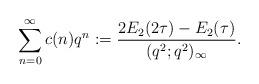
LaTeX: \begin{align*}\sum_{n=0}^\infty c(n)q^n:=\frac{2E_2(2\tau)-E_2(\tau)}{(q^2;q^2)_\infty}.\end{align*}